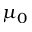
\mu _ { 0 }